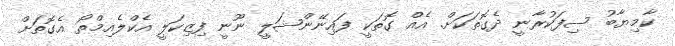
ކާމިޔާބު ސިފަކުރާނީ ދެގޮތަކަށް. އެއް ގޮތަކީ ފައިނޭންޝަލީ ނޫނީ ފިޒިކަލީ އެކްލެއިމްތޯ އެގޮތަށް